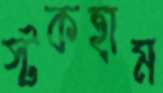
স্টকহাম